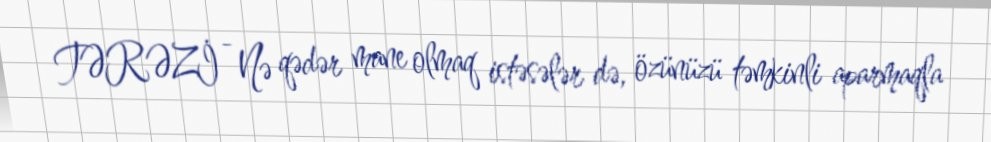
TƏRƏZİ - Nə qədər mane olmaq istəsələr də, özünüzü təmkinli aparmaqla